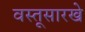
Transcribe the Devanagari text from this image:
वस्तूसारखे